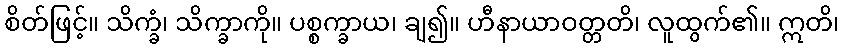
စိတ်ဖြင့်။ သိက္ခံ၊ သိက္ခာကို။ ပစ္စက္ခာယ၊ ချ၍။ ဟီနာယာဝတ္တတိ၊ လူထွက်၏။ ဣတိ၊